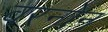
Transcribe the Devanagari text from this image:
वरनोन